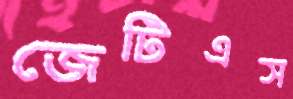
জেটিএস